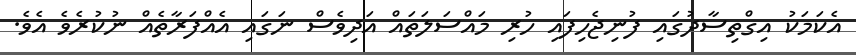
އެކަމަކު އިގްތިސާދުގައި ފުނިޖެހިފައި ހުރި މައްސަލަތައް އަދިވެސް ނަގައި އެއްފަރާތެއް ނުކުރެވެ އެވެ.